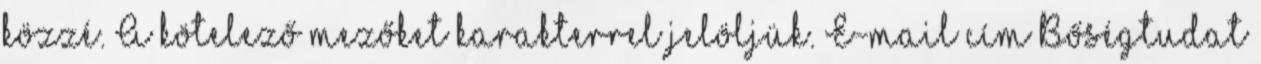
közzé. A kötelező mezőket karakterrel jelöljük. E-mail cím Bőségtudat